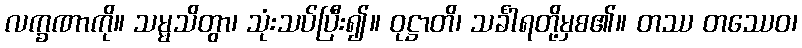
လက္ခဏာကို။ သမ္မသိတွာ၊ သုံးသပ်ပြီး၍။ ဝုဋ္ဌာတိ၊ သင်္ခါရတို့မှစ၏။ တဿ တဿေဝ၊